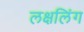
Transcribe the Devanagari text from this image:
लक्षलिंग